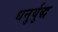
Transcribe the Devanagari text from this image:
धनुर्युद्ध